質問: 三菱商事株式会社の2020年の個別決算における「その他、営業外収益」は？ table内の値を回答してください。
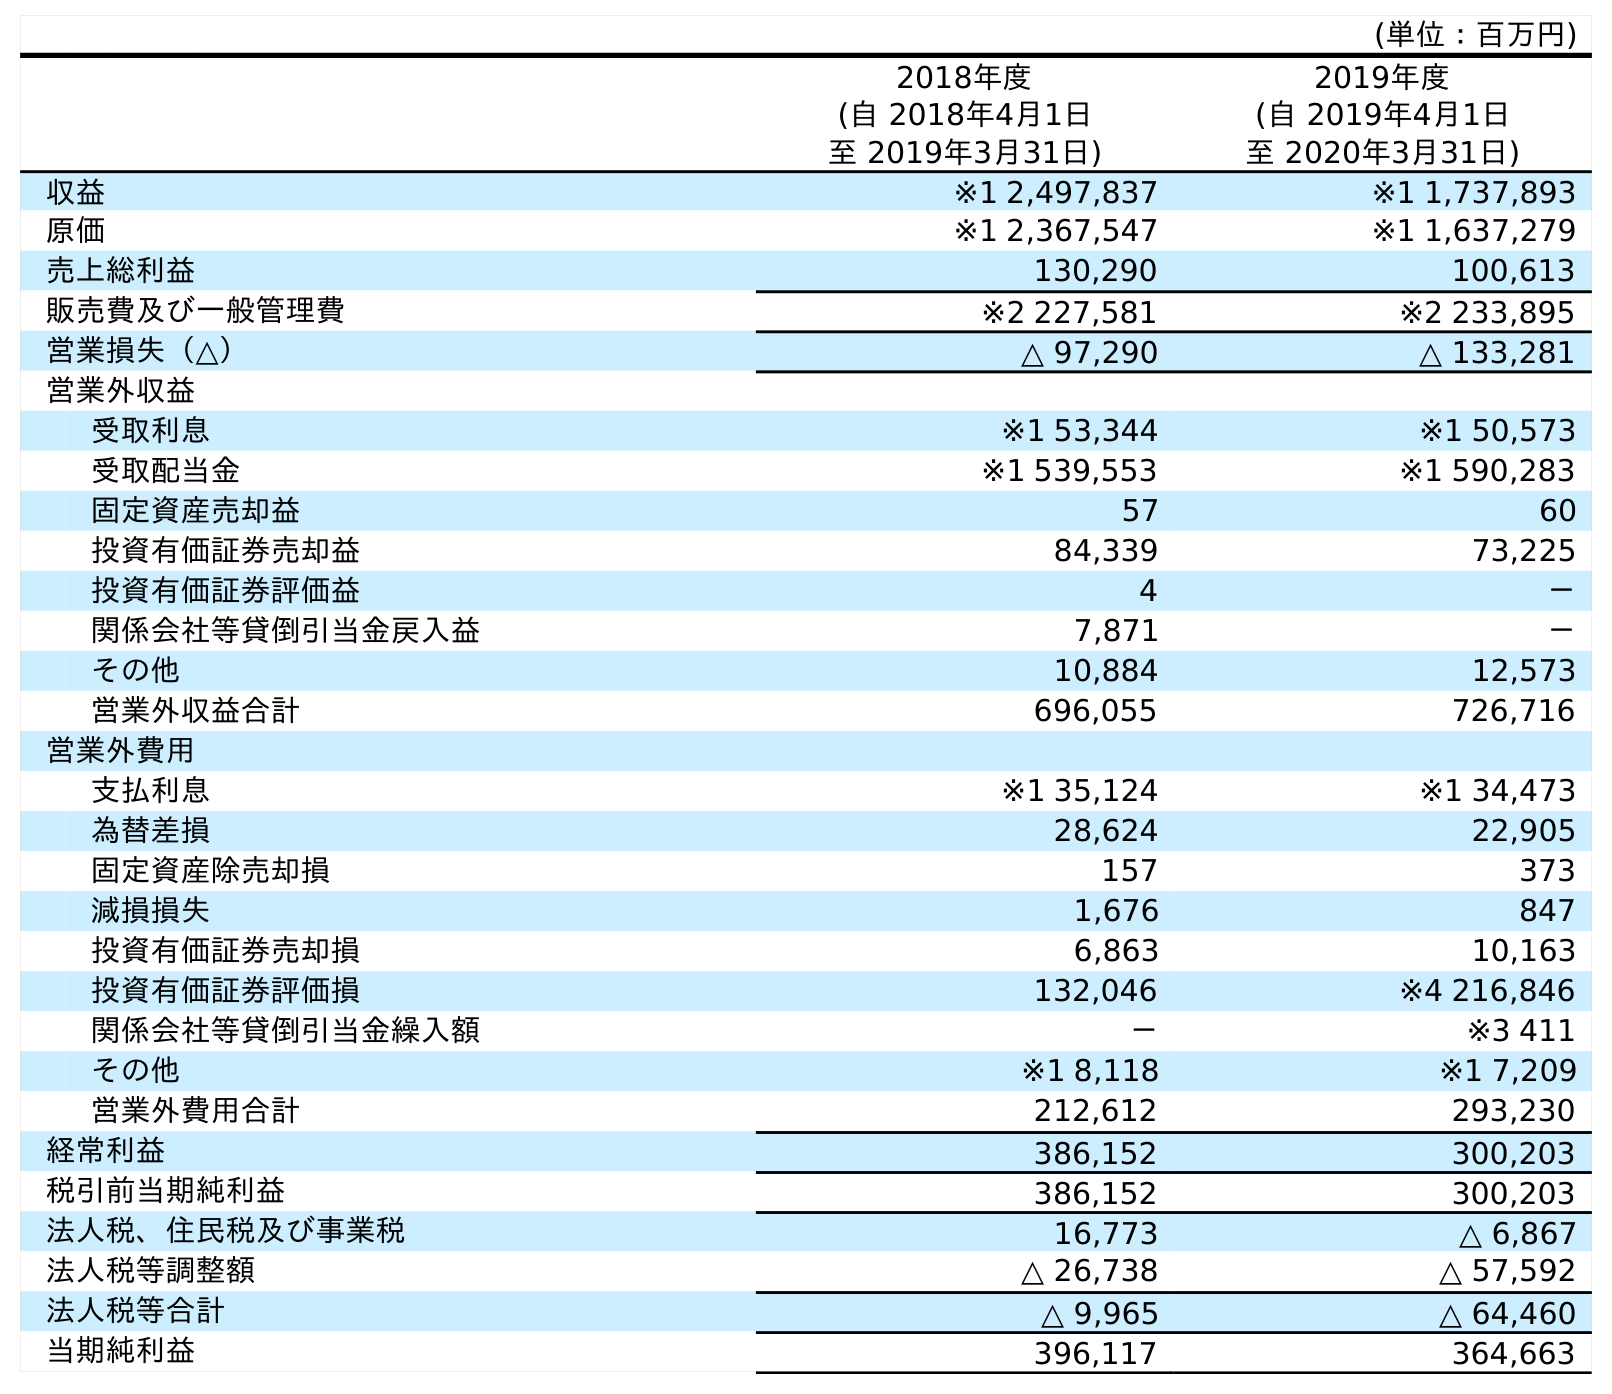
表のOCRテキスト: (単位：百万円) 2018年度 (自 2018年4月1日 至 2019年3月31日) 2019年度 (自 2019年4月1日 至 2020年3月31日) 収益 ※1 2,497,837 ※1 1,737,893 原価 ※1 2,367,547 ※1 1,637,279 売上総利益 130,290 100,613 販売費及び一般管理費 ※2 227,581 ※2 233,895 営業損失（△） △ 97,290 △ 133,281 営業外収益 受取利息 ※1 53,344 ※1 50,573 受取配当金 ※1 539,553 ※1 590,283 固定資産売却益 57 60 投資有価証券売却益 84,339 73,225 投資有価証券評価益 4 － 関係会社等貸倒引当金戻入益 7,871 － その他 10,884 12,573 営業外収益合計 696,055 726,716 営業外費用 支払利息 ※1 35,124 ※1 34,473 為替差損 28,624 22,905 固定資産除売却損 157 373 減損損失 1,676 847 投資有価証券売却損 6,863 10,163 投資有価証券評価損 132,046 ※4 216,846 関係会社等貸倒引当金繰入額 － ※3 411 その他 ※1 8,118 ※1 7,209 営業外費用合計 212,612 293,230 経常利益 386,152 300,203 税引前当期純利益 386,152 300,203 法人税、住民税及び事業税 16,773 △ 6,867 法人税等調整額 △ 26,738 △ 57,592 法人税等合計 △ 9,965 △ 64,460 当期純利益 396,117 364,663
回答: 12,573